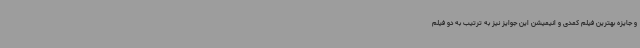
و جایزه بهترین فیلم کمدی و انیمیشن این جوایز نیز به ترتیب به دو فیلم